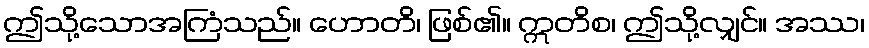
ဤသို့သောအကြံသည်။ ဟောတိ၊ ဖြစ်၏။ ဣတိစ၊ ဤသို့လျှင်။ အဿ၊